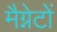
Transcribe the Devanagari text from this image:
मैग्नेटों